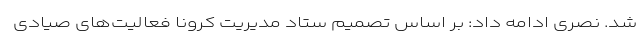
شد. نصری ادامه داد: بر اساس تصمیم ستاد مدیریت کرونا فعالیت‌های صیادی